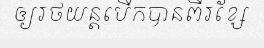
ឲ្យរថយន្តបើកបានពីរខ្សែ